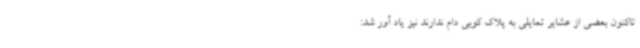
تاکنون بعضی از عشایر تمایلی به پلاک کوبی دام ندارند نیز یاد آور شد: